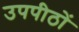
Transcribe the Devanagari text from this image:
उपपीठों